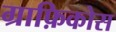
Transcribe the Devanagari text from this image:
ग्राफ़िकोस